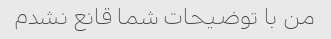
من با توضیحات شما قانع نشدم